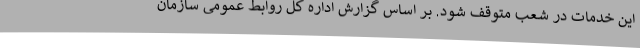
این خدمات در شعب متوقف شود. بر اساس گزارش اداره کل روابط عمومی سازمان